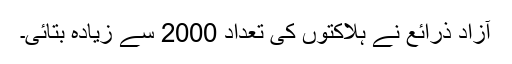
آزاد ذرائع نے ہلاکتوں کی تعداد 2000 سے زیادہ بتائی۔